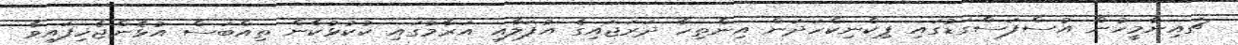
ޗައިނާމީހުން އުސްފަސްގަޑުގައި ޕިކްނިކްހަދަން އިންތިހާ ދަރަޖައިގެ އުފަލާއި އަރާމުގައި ކުކުޅުކާން ތިއްބަސް އުޅެންޖެހިފައިވާ